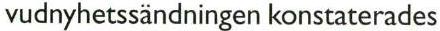
vudnyhetssändningen konstaterades